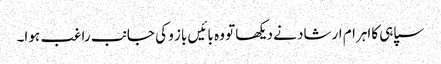
سپاہی کااہرام ارشاد نے دیکھا تو وہ بائیں باز و کی جانب راغب ہوا۔